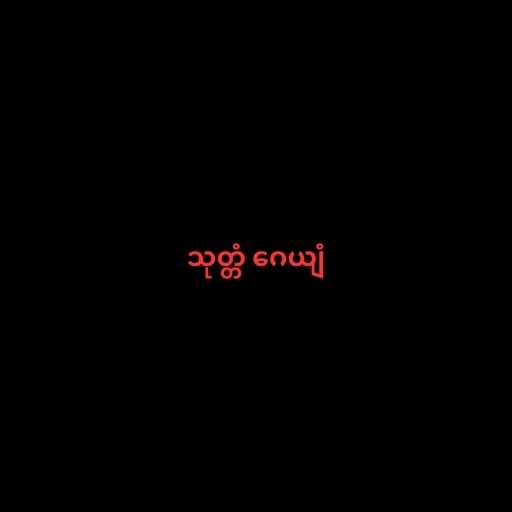
သုတ္တံ ဂေယျံ